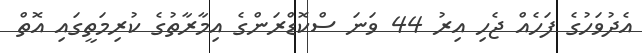
އެދުވަހުގެ ފަހެއް ޖެހި އިރު 44 ވަނަ ސްކޮޑްރަންގެ އިމާރާތުގެ ކުރިމަތީގައި އޮތް